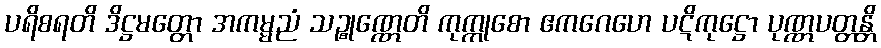
ပရိစရတိ ဒိဋ္ဌမတ္တော အကမ္မညံ သဉ္စုဏ္ဏေတိ ကုက္ကုစော ဧကဂေဟေ ပဋိကုဋ္ဌော ပုဏ္ဏပတ္တန္တိ